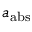
a _ { \mathrm { a b s } }